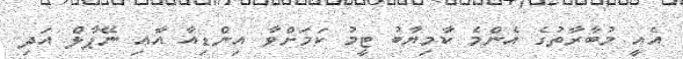
އެއީ މުބާރާތުގެ އެންމެ ކާމިޔާބު ޓީމު ކަމަށްވާ އިންޑިއާ އާއި ނޭޕާލް އަދި